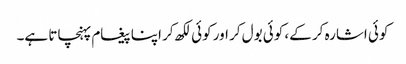
کوئی اشارہ کر کے، کوئی بول کر اور کوئی لکھ کر اپنا پیغام پہنچاتا ہے۔